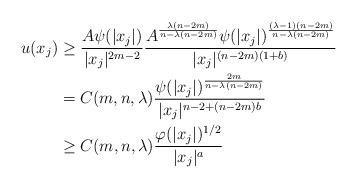
LaTeX: \begin{align*}u(x_j) &\ge \frac{A\psi(|x_j|)}{|x_j|^{2m-2}} \frac{A^{\frac{\lambda(n-2m)}{n-\lambda(n-2m)}} \psi(|x_j|)^{\frac{(\lambda-1)(n-2m)}{n-\lambda(n-2m)}}}{|x_j|^{(n-2m)(1+b)}}\\&= C(m,n,\lambda) \frac{\psi(|x_j|)^{\frac{2m}{n-\lambda(n-2m)}}}{|x_j|^{n-2+(n-2m)b}}\\&\ge C(m,n,\lambda) \frac{\varphi(|x_j|)^{1/2}}{|x_j|^a}\end{align*}